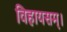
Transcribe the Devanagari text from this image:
विहायसम्।